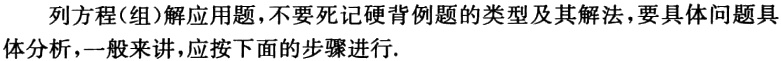
列方程(组)解应用题，不要死记硬背例题的类型及其解法，要具体问题具体分析，一般来讲，应按下面的步骤进行.